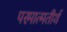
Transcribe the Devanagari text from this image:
परमात्मतीर्थ